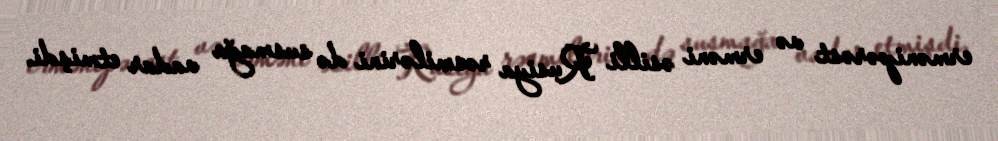
ermənipərəst və erməni əsilli Rusiya rəsmilərini də susmağa vadar etmişdi.